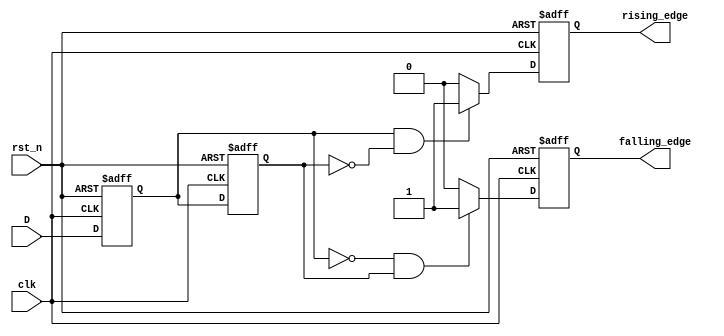
module glitch_free_edge_detector (
    input wire clk,       // Clock input
    input wire rst_n,     // Asynchronous active low reset
    input wire D,         // Input signal to monitor
    output reg rising_edge, // Output signal for rising edge detection
    output reg falling_edge // Output signal for falling edge detection
);

    reg D_prev;           // Register to store previous state of D
    reg D_curr;          // Register to store current state of D

    always @(posedge clk or negedge rst_n) begin
        if (!rst_n) begin
            // Reset conditions
            D_prev <= 1'b0;
            D_curr <= 1'b0;
            rising_edge <= 1'b0;
            falling_edge <= 1'b0;
        end else begin
            // Sample the current value of D
            D_curr <= D;

            // Check for rising edge detection
            rising_edge <= (D_curr == 1'b1 && D_prev == 1'b0) ? 1'b1 : 1'b0;

            // Check for falling edge detection
            falling_edge <= (D_curr == 1'b0 && D_prev == 1'b1) ? 1'b1 : 1'b0;

            // Update the previous state to the current for the next clock cycle
            D_prev <= D_curr;
        end
    end

endmodule